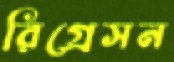
রিগ্রেসন